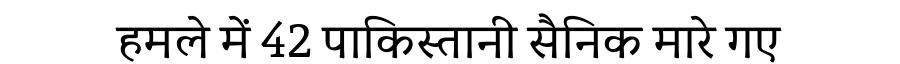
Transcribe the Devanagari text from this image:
हमले में 42 पाकिस्तानी सैनिक मारे गए